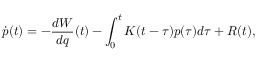
\dot { p } ( t ) = - \frac { d W } { d q } ( t ) - \int _ { 0 } ^ { t } K ( t - \tau ) p ( \tau ) d \tau + R ( t ) ,